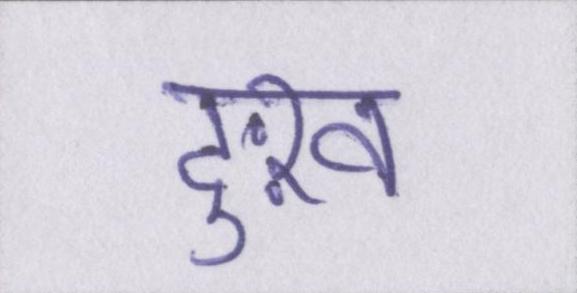
दुःख